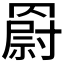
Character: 𦌍